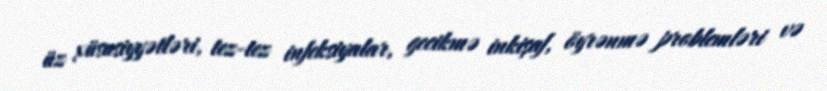
üz xüsusiyyətləri, tez-tez infeksiyalar, gecikmə inkişaf, öyrənmə problemləri və